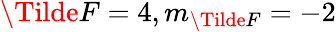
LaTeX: \Tilde{F}=4,m_{\Tilde{F}}=-2